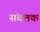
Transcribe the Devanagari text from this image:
संबलक